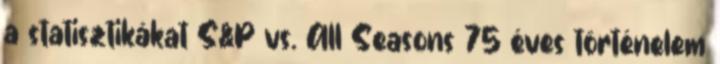
a statisztikákat S&P vs. All Seasons 75 éves történelem